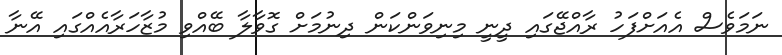
ނަމަވެސް އެއަށްފަހު ރާއްޖޭގައި ދީނީ މިނިވަންކަން ދިނުމަށް ގޮވާލާ ބޭއްވި މުޒާހަރާއެއްގައި އޭނާ